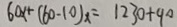
6 0 x + ( 6 0 - 1 0 ) x = 1 2 3 0 + 9 0